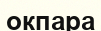
окпара